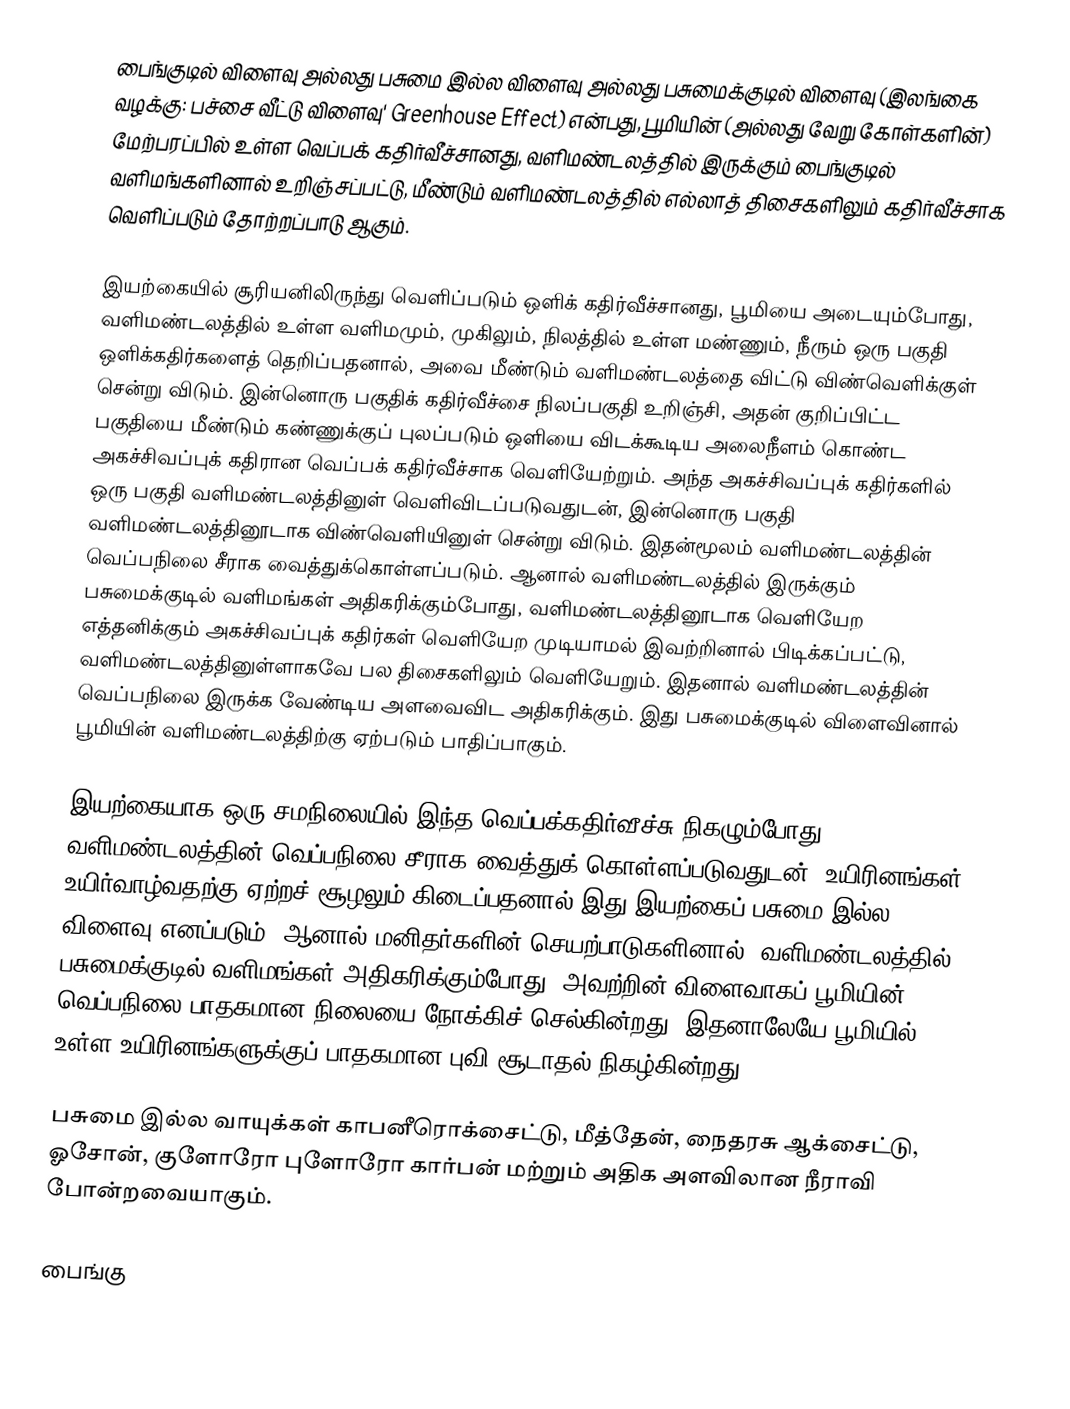
பைங்குடில் விளைவு அல்லது பசுமை இல்ல விளைவு அல்லது பசுமைக்குடில் விளைவு (இலங்கை வழக்கு: பச்சை வீட்டு விளைவு' Greenhouse Effect) என்பது, பூமியின் (அல்லது வேறு கோள்களின்) மேற்பரப்பில் உள்ள வெப்பக் கதிர்வீச்சானது, வளிமண்டலத்தில் இருக்கும் பைங்குடில் வளிமங்களினால் உறிஞ்சப்பட்டு, மீண்டும் வளிமண்டலத்தில் எல்லாத் திசைகளிலும் கதிர்வீச்சாக வெளிப்படும் தோற்றப்பாடு ஆகும்.

இயற்கையில் சூரியனிலிருந்து வெளிப்படும் ஒளிக் கதிர்வீச்சானது, பூமியை அடையும்போது, வளிமண்டலத்தில் உள்ள வளிமமும், முகிலும், நிலத்தில் உள்ள மண்ணும், நீரும் ஒரு பகுதி ஒளிக்கதிர்களைத் தெறிப்பதனால், அவை மீண்டும் வளிமண்டலத்தை விட்டு விண்வெளிக்குள் சென்று விடும். இன்னொரு பகுதிக் கதிர்வீச்சை நிலப்பகுதி உறிஞ்சி, அதன் குறிப்பிட்ட பகுதியை மீண்டும் கண்ணுக்குப் புலப்படும் ஒளியை விடக்கூடிய அலைநீளம் கொண்ட அகச்சிவப்புக் கதிரான வெப்பக் கதிர்வீச்சாக வெளியேற்றும். அந்த அகச்சிவப்புக் கதிர்களில் ஒரு பகுதி வளிமண்டலத்தினுள் வெளிவிடப்படுவதுடன், இன்னொரு பகுதி வளிமண்டலத்தினூடாக விண்வெளியினுள் சென்று விடும். இதன்மூலம் வளிமண்டலத்தின் வெப்பநிலை சீராக வைத்துக்கொள்ளப்படும். ஆனால் வளிமண்டலத்தில் இருக்கும் பசுமைக்குடில் வளிமங்கள் அதிகரிக்கும்போது, வளிமண்டலத்தினூடாக வெளியேற எத்தனிக்கும் அகச்சிவப்புக் கதிர்கள் வெளியேற முடியாமல் இவற்றினால் பிடிக்கப்பட்டு, வளிமண்டலத்தினுள்ளாகவே பல திசைகளிலும் வெளியேறும். இதனால் வளிமண்டலத்தின் வெப்பநிலை இருக்க வேண்டிய அளவைவிட அதிகரிக்கும். இது பசுமைக்குடில் விளைவினால் பூமியின் வளிமண்டலத்திற்கு ஏற்படும் பாதிப்பாகும்.

இயற்கையாக ஒரு சமநிலையில் இந்த வெப்பக்கதிர்வீச்சு நிகழும்போது, வளிமண்டலத்தின் வெப்பநிலை சீராக வைத்துக் கொள்ளப்படுவதுடன், உயிரினங்கள் உயிர்வாழ்வதற்கு ஏற்றச் சூழலும் கிடைப்பதனால் இது இயற்கைப் பசுமை இல்ல விளைவு எனப்படும். ஆனால் மனிதர்களின் செயற்பாடுகளினால், வளிமண்டலத்தில்  பசுமைக்குடில் வளிமங்கள் அதிகரிக்கும்போது, அவற்றின் விளைவாகப் பூமியின் வெப்பநிலை பாதகமான நிலையை நோக்கிச் செல்கின்றது. இதனாலேயே பூமியில் உள்ள உயிரினங்களுக்குப் பாதகமான புவி சூடாதல் நிகழ்கின்றது.

பசுமை இல்ல வாயுக்கள் காபனீரொக்சைட்டு, மீத்தேன், நைதரசு ஆக்சைட்டு, ஓசோன், குளோரோ புளோரோ கார்பன் மற்றும் அதிக அளவிலான நீராவி போன்றவையாகும்.

பைங்கு